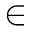
\in